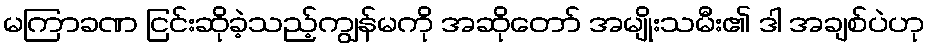
မကြာခဏ ငြင်းဆိုခဲ့သည့်ကျွန်မကို အဆိုတော် အမျိုးသမီး၏ ဒါ အချစ်ပဲဟု